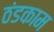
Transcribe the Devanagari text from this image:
ठंडकाम